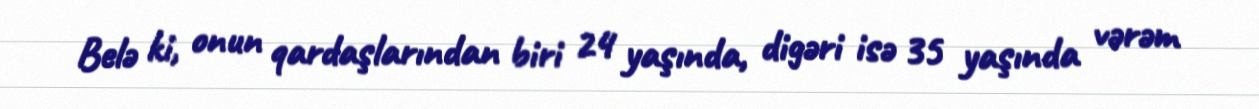
Belə ki, onun qardaşlarından biri 24 yaşında, digəri isə 35 yaşında vərəm